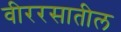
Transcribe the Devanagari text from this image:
वीररसातील